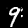
Label: 9